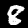
Digit: 8